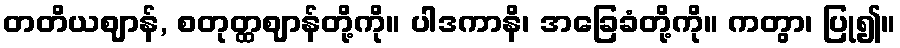
တတိယဈာန်, စတုတ္ထဈာန်တို့ကို။ ပါဒကာနိ၊ အခြေခံတို့ကို။ ကတွာ၊ ပြု၍။